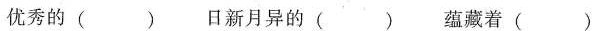
优秀的 () 日新月异的 () 蕴藏着 ()